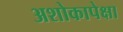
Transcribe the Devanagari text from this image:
अशोकापेक्षा